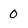
Character: O